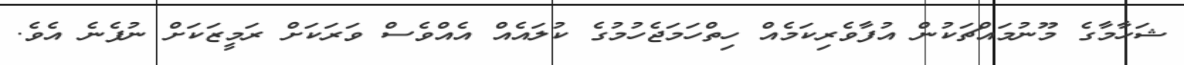
ޝަހާމާގެ މޫނުމައްޗަކުން އުފާވެރިކަމެއް ހިތްހަމަޖެހުމުގެ ކުލައެއް އެއްވެސް ވަރަކަށް ރަމީޒަކަށް ނުފެނެ އެވެ.